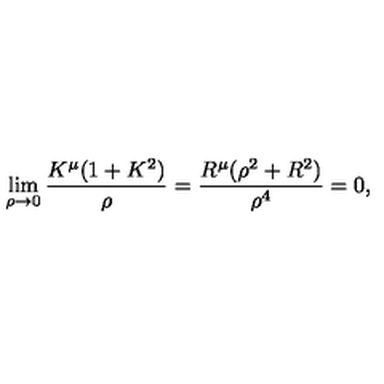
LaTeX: \lim _ { \rho \to 0 } \frac { K ^ { \mu } ( 1 + K ^ { 2 } ) } { \rho } = \frac { R ^ { \mu } ( \rho ^ { 2 } + R ^ { 2 } ) } { \rho ^ { 4 } } = 0 ,